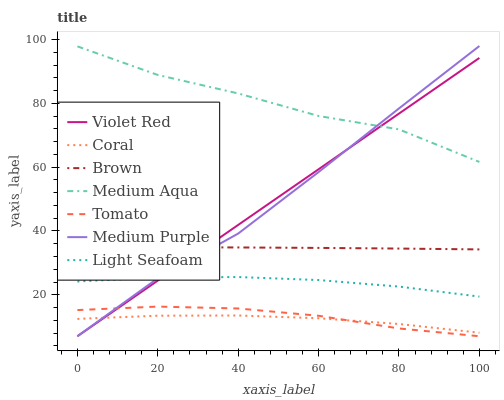
| xaxis_label | Violet Red | Coral | Brown | Medium Aqua | Tomato | Medium Purple | Light Seafoam |
 | --- | --- | --- | --- | --- | --- | --- | --- |
 | 0 | 7 | 12.4 | 34.9 | 97.9 | 15.2 | 7 | 24.2 |
 | 20 | 24.5 | 13.4 | 34.9 | 88.9 | 16.3 | 25.2 | 25.4 |
 | 40 | 41.9 | 13.5 | 34.8 | 83.1 | 15.7 | 39.2 | 25.6 |
 | 60 | 59.4 | 12.6 | 34.7 | 76.1 | 13.4 | 58.5 | 24.6 |
 | 80 | 76.8 | 10.8 | 34.5 | 71.9 | 9.44 | 78.4 | 22.6 |
 | 100 | 94.3 | 8.11 | 34.2 | 61.7 | 7 | 98 | 19.4 |